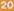
20